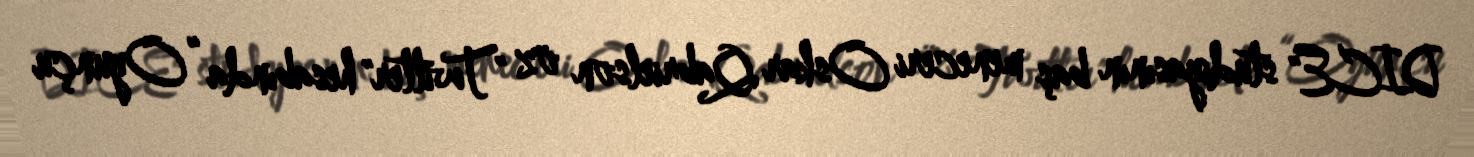
DICE" studiyasının baş meneceri Oskar Qabrielson öz "Twitter" hesabında “Oyunçu